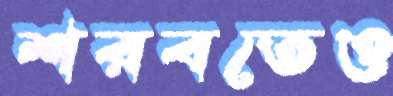
শরবতেও